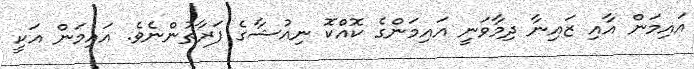
އައިމަން އާއި ޒައިނާ ދިމާވަނީ އައިމަންގެ ކޮއްކޮ ނިއުޝާގެ ފަރާތުންނެވެ. އައިމަން އަކީ